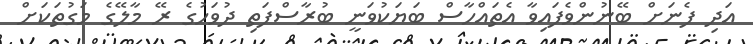
އަދި ފެނަށް ބޭނުންވެފައިވާ އެތައްހާސް ބަޔަކުވަނީ ބުރާސްފަތި ދުވަހުގެ ރޭ މާލޭގެ މަގުތަކަށް